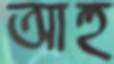
আহু